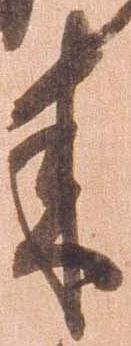
来